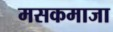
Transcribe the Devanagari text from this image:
मसकमाजा